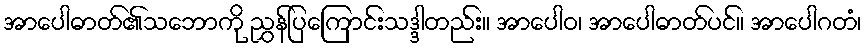
အာပေါဓာတ်၏သဘောကို ညွှန်ပြကြောင်းသဒ္ဒါတည်း။ အာပေါဝ၊ အာပေါဓာတ်ပင်။ အာပေါဂတံ၊